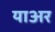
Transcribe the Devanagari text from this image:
याअर